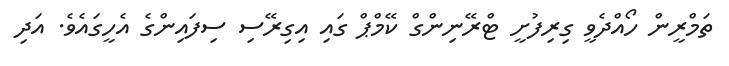
ތަމްރީން ހޯއްދެވީ ގިރިފުށީ ޓްރޭނިންގް ކޭމްޕް ގައި އިގިރޭސި ސިފައިންގެ އެހީގައެވެ. އަދި